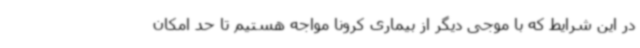
در این شرایط که با موجی دیگر از بیماری کرونا مواجه هستیم تا حد امکان